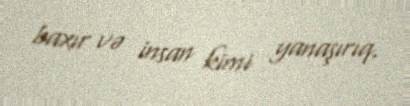
baxır və insan kimi yanaşırıq.